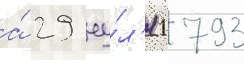
а́ 29 иу́л'я 1793